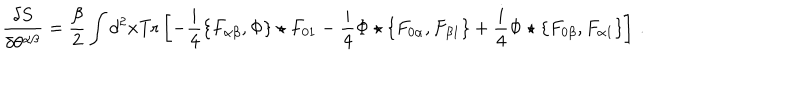
\frac { \delta S } { \delta \theta ^ { \alpha \beta } } = \frac { \beta } { 2 } \int d ^ { 2 } x { \mathrm { T r } } \left[ - \frac i 4 \{ F _ { \alpha \beta } , \Phi \} \star F _ { 0 1 } - \frac i 4 \Phi \star \{ F _ { 0 \alpha } , F _ { \beta 1 } \} + \frac i 4 \Phi \star \{ F _ { 0 \beta } , F _ { \alpha 1 } \} \right] \, .